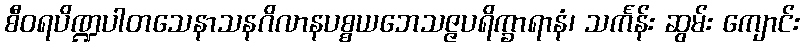
စီဝရပိဏ္ဍပါတသေနာသနဂိလာနပစ္စယဘေသဇ္ဇပရိက္ခာရာနံ၊ သင်္ကန်း ဆွမ်း ကျောင်း